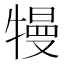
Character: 𤛔